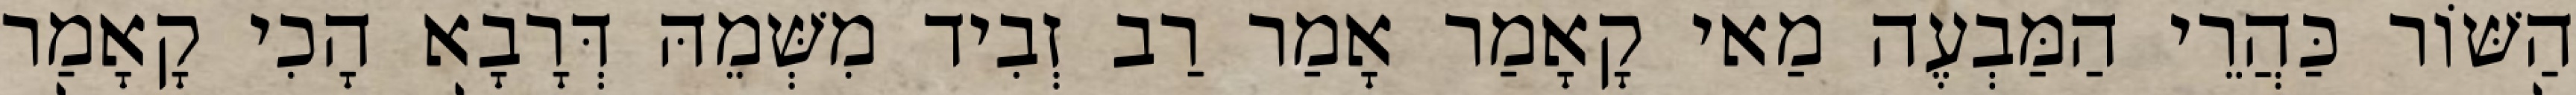
הַשּׁוֹר כַּהֲרֵי הַמַּבְעֶה מַאי קָאָמַר אָמַר רַב זְבִיד מִשְּׁמֵהּ דְּרָבָא הָכִי קָאָמַר